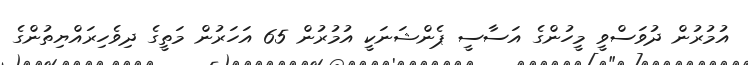
އުމުރުން ދުވަސްވީ މީހުންގެ އަސާސީ ޕެންޝަނަކީ އުމުރުން 65 އަހަރުން މަތީގެ ދިވެހިރައްޔިތުންގެ